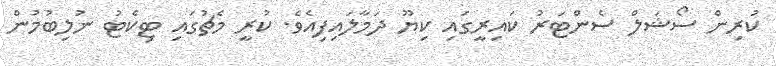
ކުރިން ސޯޝަލް ސެންޓަރު ކައިރީގައި ކިޔޫ ދަމާލައިފިއެވެ. ކުރީ މެޗުގައި ޓިކެޓު ނުލިބުމުން